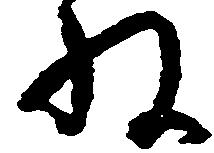
ね